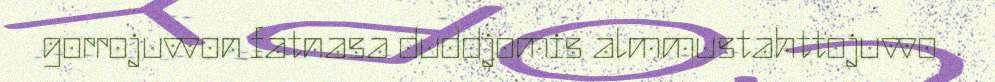
gorrojuvvon fatnasa duddjomis almmustahttojuvvo